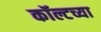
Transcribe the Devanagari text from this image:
कॉल्टच्या